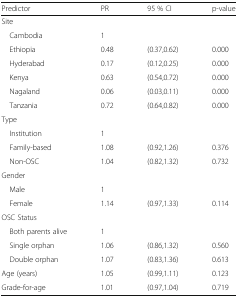
<table><thead><tr><td><b>Predictor</b></td><td><b>PR</b></td><td><b>95 % CI</b></td><td><b>p-value</b></td></tr></thead><tbody><tr><td colspan="4">Site</td></tr><tr><td> Cambodia</td><td>1</td><td>[EMPTY_CELL]</td><td>[EMPTY_CELL]</td></tr><tr><td> Ethiopia</td><td>0.48</td><td>(0.37,0.62)</td><td>0.000</td></tr><tr><td> Hyderabad</td><td>0.17</td><td>(0.12,0.25)</td><td>0.000</td></tr><tr><td> Kenya</td><td>0.63</td><td>(0.54,0.72)</td><td>0.000</td></tr><tr><td> Nagaland</td><td>0.06</td><td>(0.03,0.11)</td><td>0.000</td></tr><tr><td> Tanzania</td><td>0.72</td><td>(0.64,0.82)</td><td>0.000</td></tr><tr><td colspan="4">Type</td></tr><tr><td> Institution</td><td>1</td><td>[EMPTY_CELL]</td><td>[EMPTY_CELL]</td></tr><tr><td> Family-based</td><td>1.08</td><td>(0.92,1.26)</td><td>0.376</td></tr><tr><td> Non-OSC</td><td>1.04</td><td>(0.82,1.32)</td><td>0.732</td></tr><tr><td colspan="4">Gender</td></tr><tr><td> Male</td><td>1</td><td>[EMPTY_CELL]</td><td>[EMPTY_CELL]</td></tr><tr><td> Female</td><td>1.14</td><td>(0.97,1.33)</td><td>0.114</td></tr><tr><td colspan="4">OSC Status</td></tr><tr><td> Both parents alive</td><td>1</td><td>[EMPTY_CELL]</td><td>[EMPTY_CELL]</td></tr><tr><td> Single orphan</td><td>1.06</td><td>(0.86,1.32)</td><td>0.560</td></tr><tr><td> Double orphan</td><td>1.07</td><td>(0.83,1.36)</td><td>0.613</td></tr><tr><td>Age (years)</td><td>1.05</td><td>(0.99,1.11)</td><td>0.123</td></tr><tr><td>Grade-for-age</td><td>1.01</td><td>(0.97,1.04)</td><td>0.719</td></tr></tbody></table>